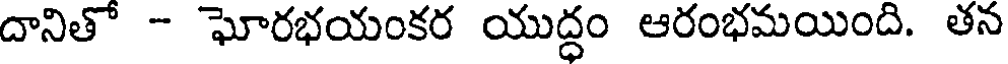
దానితో - ఘోరభయంకర యుద్ధం ఆరంభమయింది. తన